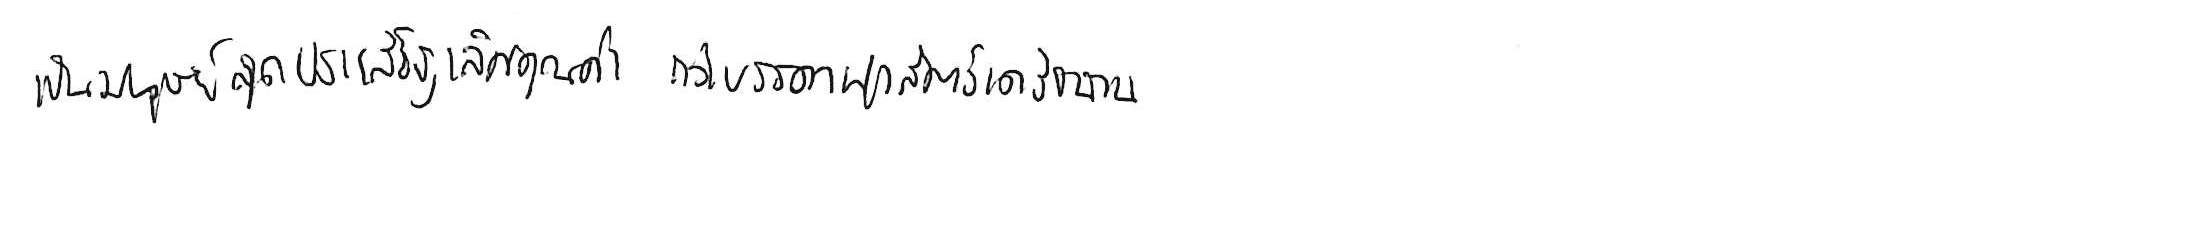
เป็นมนุษย์สุดประเสริฐเลิศคุณค่า กว่าบรรดาฝูงสัตว์เดรัจฉาน